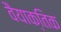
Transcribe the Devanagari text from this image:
वैयाक्तिक